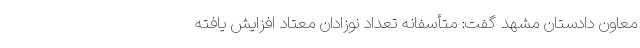
معاون دادستان مشهد گفت: متأسفانه تعداد نوزادان معتاد افزایش یافته